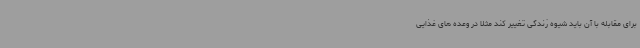
برای مقابله با آن باید شیوه زندگی تغییر کند مثلا در وعده های غذایی